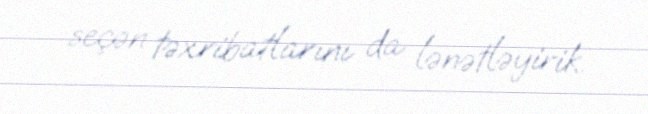
seçən təxribatlarını da lənətləyirik.